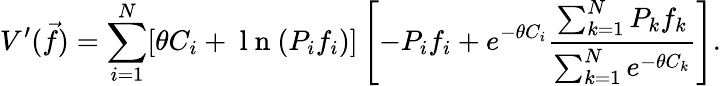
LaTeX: V^{\prime}(\vec{f})=\sum_{i=1}^{N}[\theta C_{i}+\mathrm{~l~n~}(P_{i}f_{i})]\left[-P_{i}f_{i}+e^{-\theta C_{i}}\frac{\sum_{k=1}^{N}P_{k}f_{k}}{\sum_{k=1}^{N}e^{-\theta C_{k}}}\right].